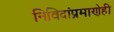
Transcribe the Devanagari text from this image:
निविदांप्रमाणेही